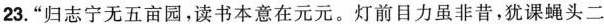
23.”归志宁无五亩园，读书本意在元元。灯前目力虽非昔，犹课蝇头二